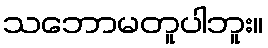
သဘောမတူပါဘူး။